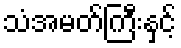
သံအမတ်ကြီးနှင့်